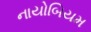
નાયોબિયમ